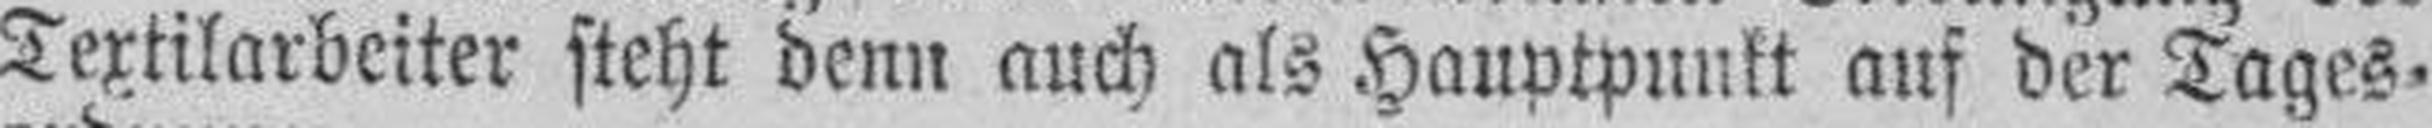
Textilarbeiter steht denn auch als Hauptpunkt auf der Tages¬